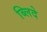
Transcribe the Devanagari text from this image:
ब्लिदे